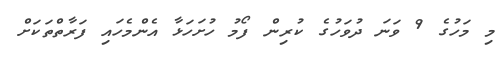
މި މަހުގެ 9 ވަނަ ދުވަހުގެ ކުރިން ފޯމު ހުށަހަޅާ އެންމެހައި ފަރާތްތަކަށް